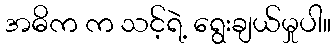
အဓိက က သင့်ရဲ့ ရွေးချယ်မှုပါ။